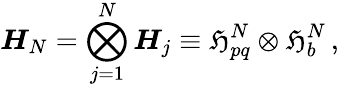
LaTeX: \boldsymbol{H}_{N}=\bigotimes_{j=1}^{N}{\boldsymbol{H}}_{j}\equiv{\mathfrak H}_{pq}^{N}\otimes{\mathfrak H}_{b}^{N}\, ,